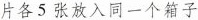
片各5张放入同一个箱子